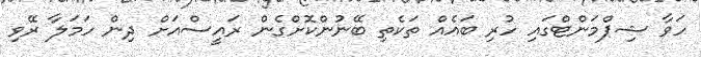
ހަވާ ޝިޕްމަންޓްގައި ހުރި ބައެއް ތަކެތި ބޭނުންކޮށްގެން ރައީސްއަށް ދިން ހަމަލާ ރޭވި